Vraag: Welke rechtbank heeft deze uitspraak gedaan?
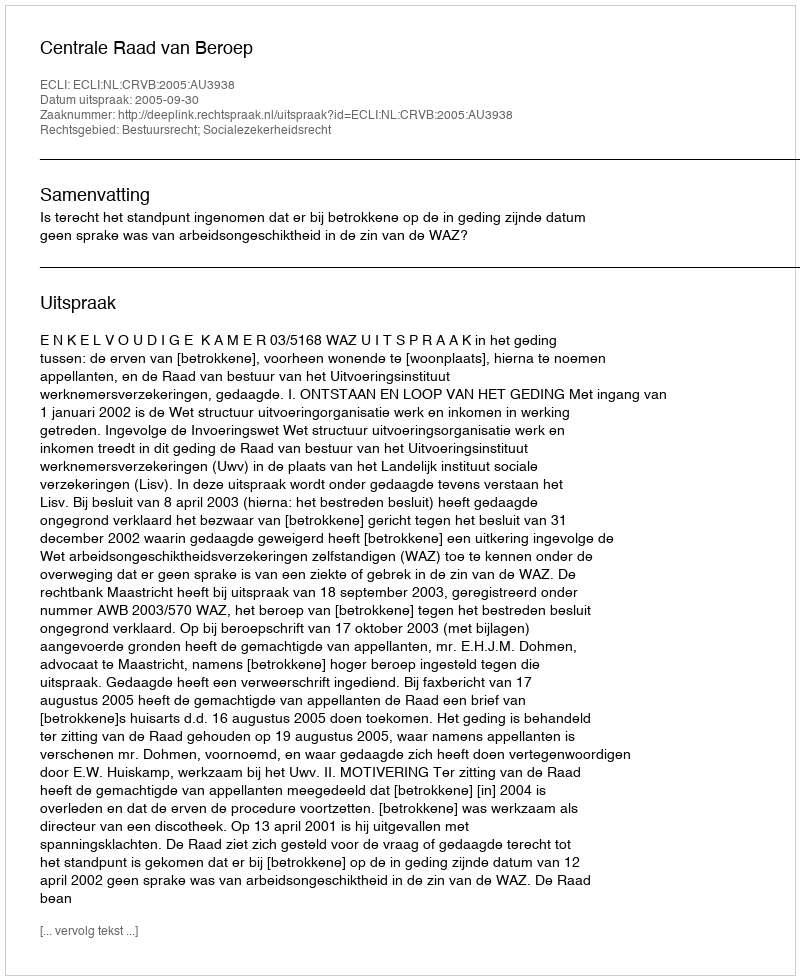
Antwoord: Centrale Raad van Beroep